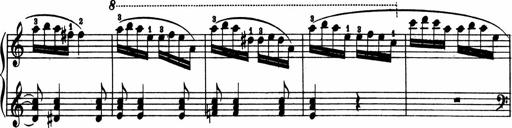
Title: 2 Sonatinen
Composer: Lambertus Adrianus van Tetterode